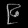
Digit: ၉